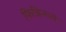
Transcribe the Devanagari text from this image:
फिन्निन्गले